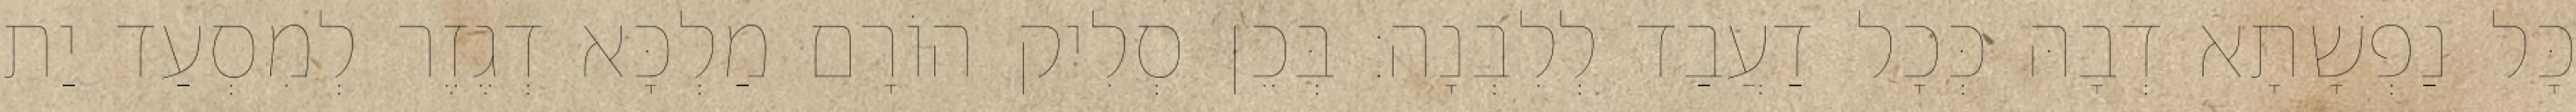
כָּל נַפְשָׁתָא דְבָהּ כְּכָל דַעֲבַד לְלִבְנָה׃ בְּכֵן סְלִיק הוֹרָם מַלְכָּא דְגֶזֶר לְמִסְעַד יַת